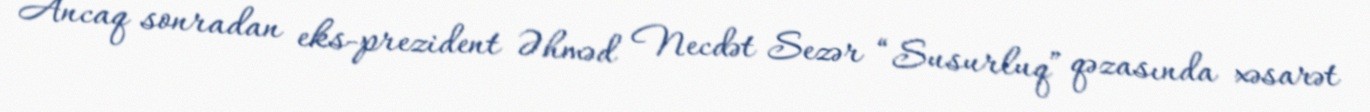
Ancaq sonradan eks-prezident Əhməd Necdət Sezər “Susurluq” qəzasında xəsarət